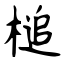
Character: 槌